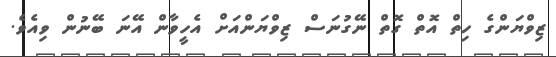
ޒިވްޔަންގެ ހިތް އޮތް ގޮތް ނޭގުނަސް ޒިވްޔަންއަށް އެހީވާން އޭނަ ބޭނުން ވިއެވެ.